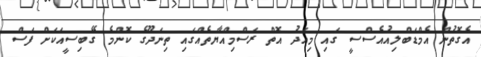
އެގޮތުން އެމްޑަބްލިއުއެސްސީ ގައި މިއަދު އޮތް ރަސްމިއްޔާތެއްގައި ތިނަދޫގެ ކޮންމެ ގޭބިސީއަކަށް ފަސް